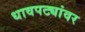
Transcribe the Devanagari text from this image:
धावपट्यांवर